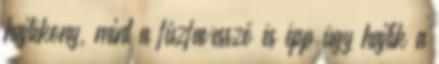
hajlékony, mint a fűzfavessző és épp úgy hajlik a